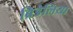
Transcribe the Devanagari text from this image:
ब्रिडेलिया